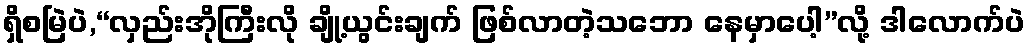
ရှိစမြဲပဲ,“လှည်းအိုကြီးလို ချို့ယွင်းချက် ဖြစ်လာတဲ့သဘော နေမှာပေါ့”လို့ ဒါလောက်ပဲ